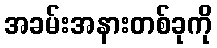
အခမ်းအနားတစ်ခုကို